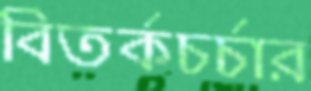
বিতর্কচর্চার